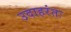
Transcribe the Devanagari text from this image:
उदाहरंतः